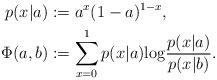
LaTeX: \begin{align*} p(x|a) &:= a^x (1-a)^{1-x}, \\ \Phi(a,b) &:= \sum^{1}_{x=0}p(x|a) \mathrm{log} \frac{p(x|a)}{p(x|b)}.\end{align*}